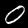
Label: 0